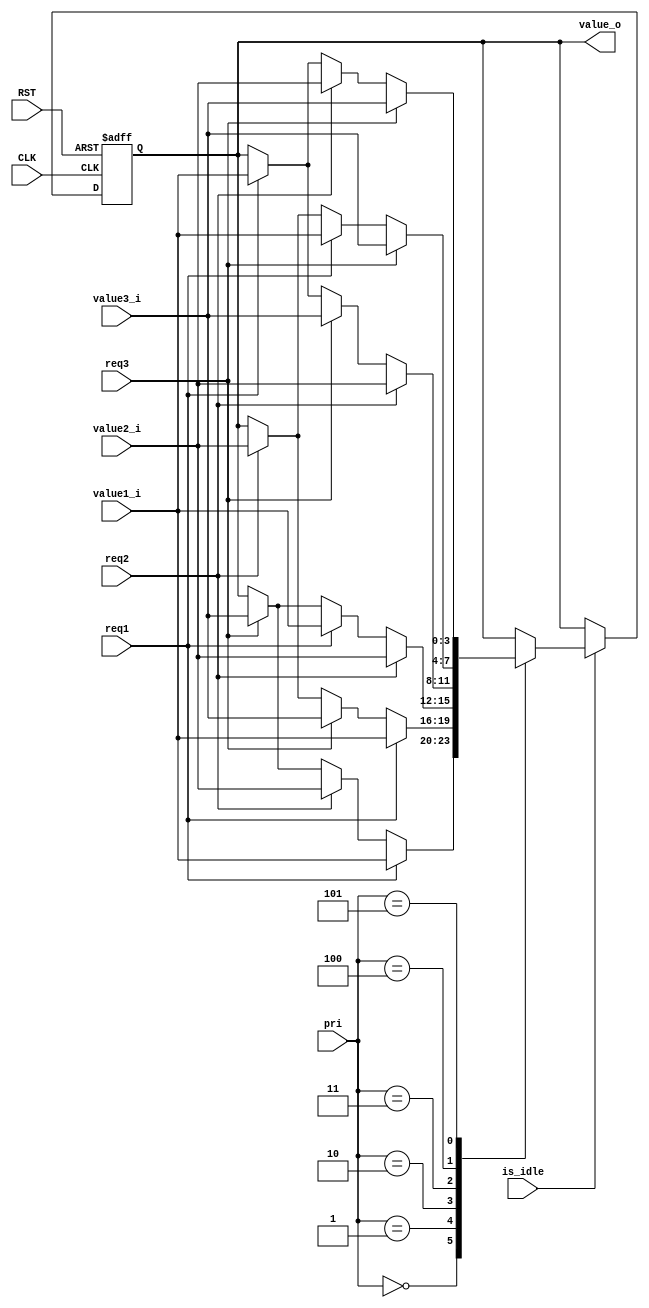

module pri
  #(parameter msb = 3,
    parameter lsb = 0,
    parameter pri_w = 3,
    parameter rstval = 0
    )
  (
   input                CLK,
   input                RST,

   input                is_idle,

   input                req1,
   input                req2,
   input                req3,

   input [pri_w-1:0]    pri,
   
   output reg [msb:lsb] value_o,
   input [msb:lsb]      value1_i,
   input [msb:lsb]      value2_i,
   input [msb:lsb]      value3_i
   );
   
`define PRI_W 3
   parameter p123 = `PRI_W'd0;
   parameter p132 = `PRI_W'd1;
   parameter p213 = `PRI_W'd2;
   parameter p231 = `PRI_W'd3;
   parameter p312 = `PRI_W'd4;
   parameter p321 = `PRI_W'd5;
`undef PRI_W

   always @(posedge CLK or negedge RST)
     if (!RST) begin
        value_o <= rstval;
     end else begin
        if (is_idle)
          case (pri)
            p123: 
              if (req1) 
                value_o <= value1_i;
              else if(req2)
                value_o <= value2_i;
              else if (req3)
                value_o <= value3_i;

            p132:
              if (req1)
                value_o <= value1_i;
              else if (req3)
                value_o <= value3_i;
              else if (req2)
                value_o <= value2_i;

            p213:
              if (req2)
                value_o <= value2_i;
              else if (req1)
                value_o <= value1_i;
              else if (req3)
                value_o <= value3_i;

            p231:
              if (req2)
                value_o <= value2_i;
              else if (req3)
                value_o <= value3_i;
              else if (req1)
                value_o <= value1_i;

            p312:
              if (req3)
                value_o <= value3_i;
              else if (req1)
                value_o <= value1_i;
              else if(req2)
                value_o <= value2_i;

            p321:
              if (req3)
                value_o <= value3_i;
              else if (req2)
                value_o <= value2_i;
              else if (req1)
                value_o <= value1_i;

          endcase
     end

endmodule // pri